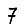
Digit: 7